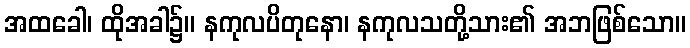
အထခေါ၊ ထိုအခါ၌။ နကုလပိတုနော၊ နကုလသတို့သား၏ အဘဖြစ်သော။